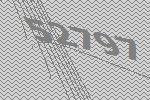
52797